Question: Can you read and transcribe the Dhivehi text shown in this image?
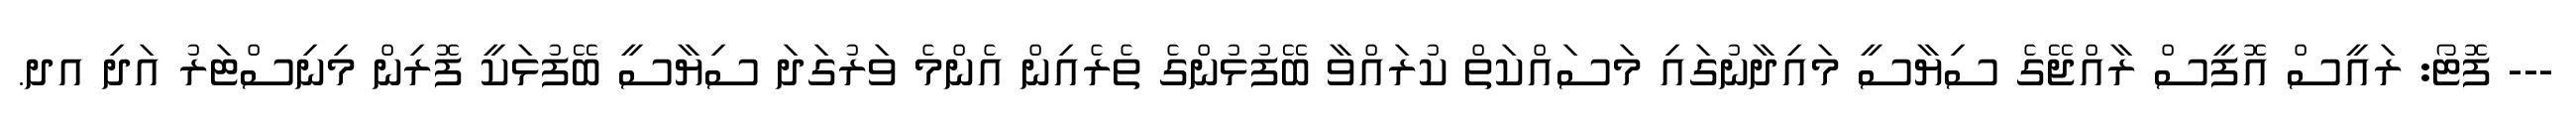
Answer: --- ފޮޓޯ: ރައީސް އޮފީސް ރާއްޖޭގެ ސިޔާސީ މައިދާނުގައި މަސައްކަތް ކުރައްވާ ބޭފުޅުންގެ ތެރެއިން އެންމެ ވަރުގަދަ ސިޔާސީ ބޭފުޅަކީ ފޮރިން މިނިސްޓަރު އަދި އދ.